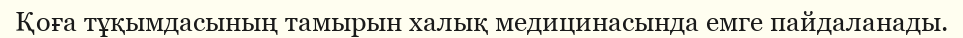
Қоға тұқымдасының тамырын халық медицинасында емге пайдаланады.